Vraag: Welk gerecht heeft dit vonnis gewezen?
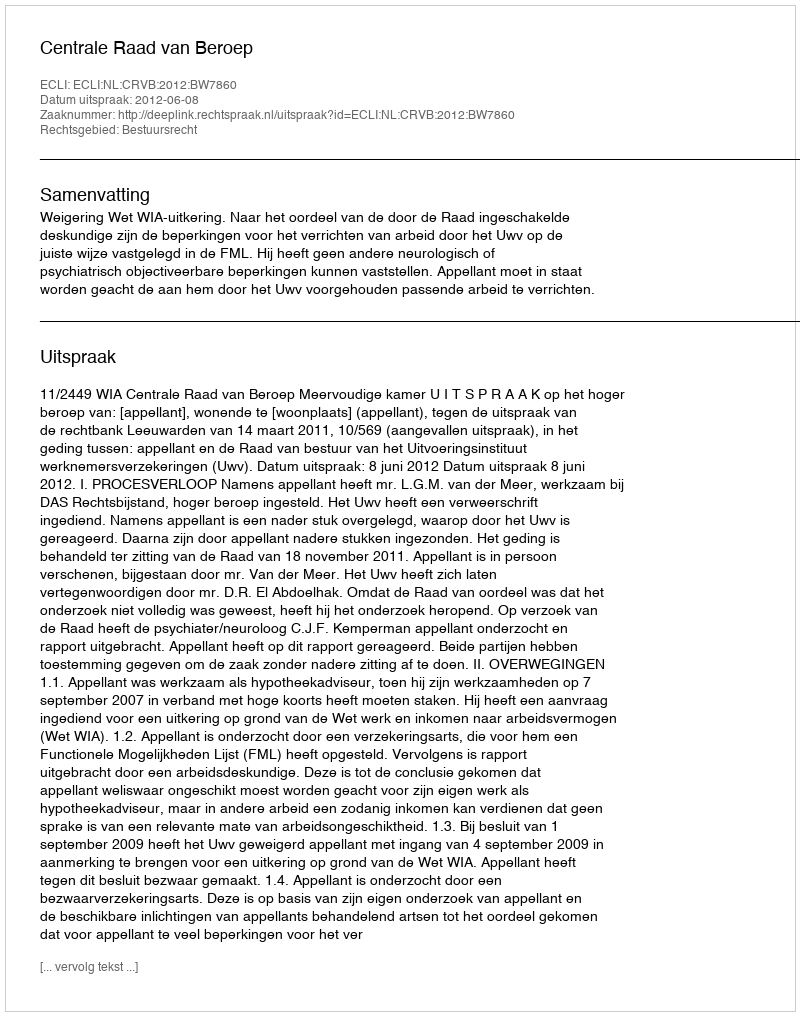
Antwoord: Centrale Raad van Beroep